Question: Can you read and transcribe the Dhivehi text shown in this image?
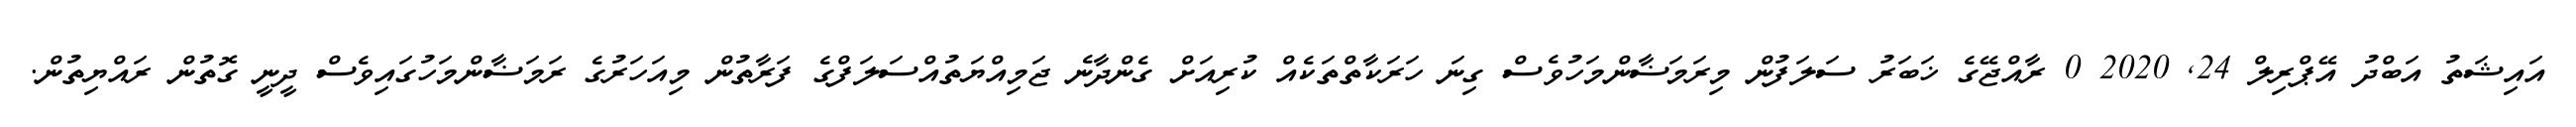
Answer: އައިޝަތު އަބްދު އޭޕްރިލް 24, 2020 0 ރާއްޖޭގެ ޚަބަރު ސަލަފުން މިރަމަޟާންމަހުވެސް ގިނަ ހަރަކާތްތަކެއް ކުރިއަށް ގެންދާނެ ޖަމިއްޔަތުއްސަލަފްގެ ފަރާތުން މިއަހަރުގެ ރަމަޟާންމަހުގައިވެސް ދީނީ ގޮތުން ރައްޔިތުން.